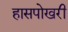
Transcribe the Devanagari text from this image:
हासपोखरी